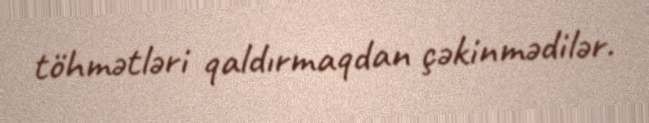
töhmətləri qaldırmaqdan çəkinmədilər.